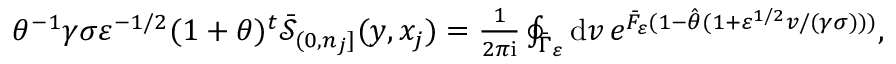
\textstyle \theta ^ { - 1 } \gamma \sigma \varepsilon ^ { - 1 / 2 } ( 1 + \theta ) ^ { t } \bar { \mathcal { S } } _ { ( 0 , n _ { j } ] } ( y , x _ { j } ) = \frac { 1 } { 2 \pi \mathrm { i } } \oint _ { \bar { \Gamma } _ { \varepsilon } } \mathrm { d } v \, e ^ { \bar { F } _ { \varepsilon } ( 1 - \hat { \theta } ( 1 + \varepsilon ^ { 1 / 2 } v / ( \gamma \sigma ) ) ) } ,